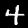
Digit: 4